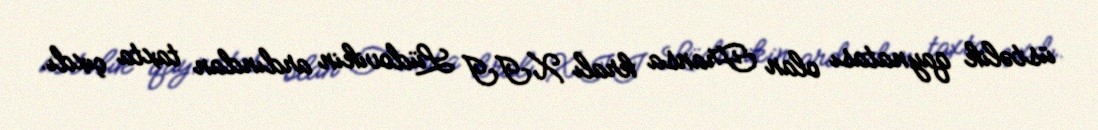
üstəlik qaynatası olan Fransa kralı XII Lüdovikin ardından taxta çıxdı.